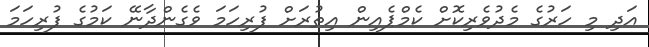
އަދި މި ހަރުގެ މެދުވެރިކޮށް ކެމްޕެއިން އިތުރަށް ފުރިހަމަ ވެގެންދާނޭ ކަމުގެ ފުރިހަމަ